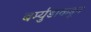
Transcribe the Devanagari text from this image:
बर्म्युडाकडून